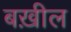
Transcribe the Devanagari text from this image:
बख़ील